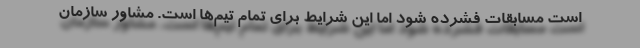
است مسابقات فشرده شود اما این شرایط برای تمام تیم‌ها است. مشاور سازمان